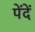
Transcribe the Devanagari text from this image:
पेंदें